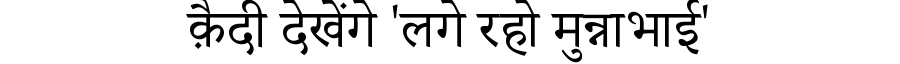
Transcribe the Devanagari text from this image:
क़ैदी देखेंगे 'लगे रहो मुन्नाभाई'